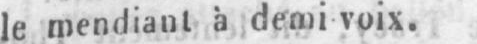
le mendiant à demi voix.